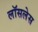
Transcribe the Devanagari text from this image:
लॉसलेस